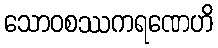
သောဝစဿကရဏေဟိ